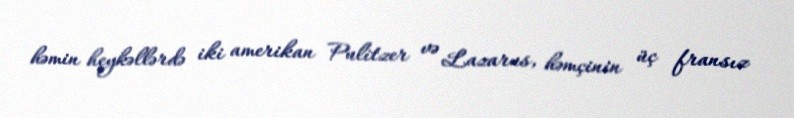
həmin heykəllərdə iki amerikan Pulitzer və Lazarus, həmçinin üç fransız